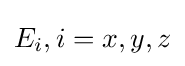
E_{i},i=x,y,z